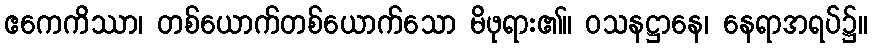
ဧကေကိဿာ၊ တစ်ယောက်တစ်ယောက်သော မိဖုရား၏။ ဝသနဋ္ဌာနေ၊ နေရာအရပ်၌။